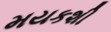
મયકશી